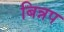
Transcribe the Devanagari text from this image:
बिन्नप